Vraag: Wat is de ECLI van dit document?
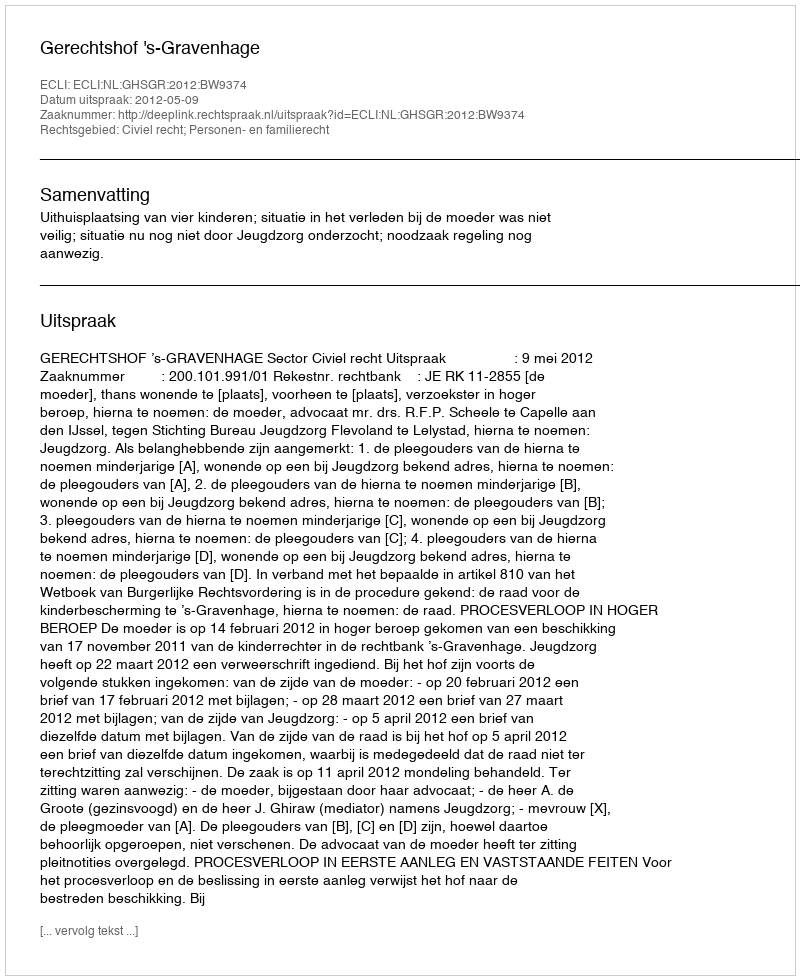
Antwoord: ECLI:NL:GHSGR:2012:BW9374